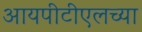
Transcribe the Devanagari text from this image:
आयपीटीएलच्या